Vaccination in Bombay 1924-1928 - 1924-1928
Year: 1924
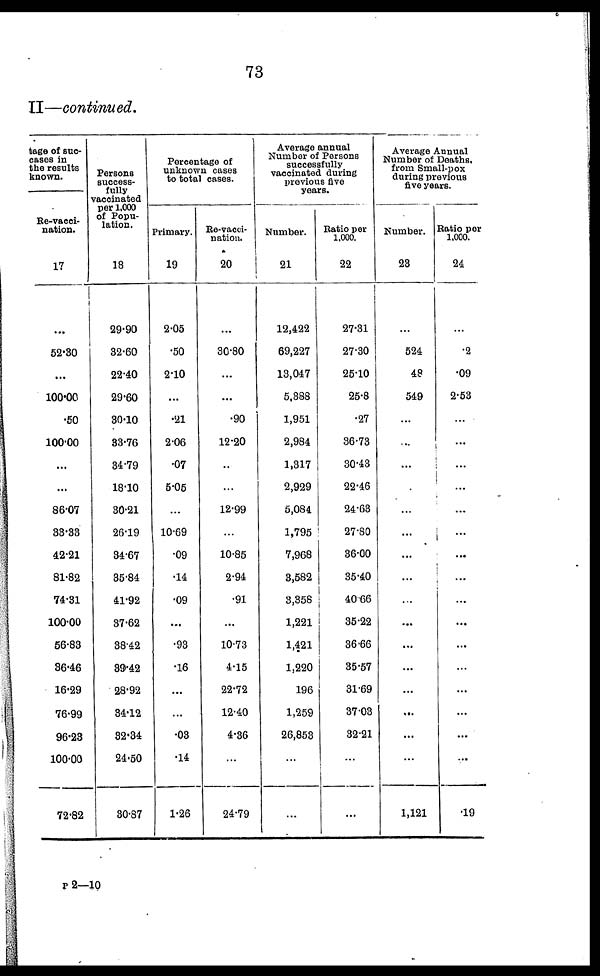
73
II—continued.
tage of suc-
cases in
the results
known.
Re-vacci-
nation.
17
...
52.30
...
100.00
.50
100.00
...
...
86.07
38.33
42.21
81.82
74.31
100.00
56.83
36.46
16.29
76.99
96.23
100.00
72.82
Persons
success-
fully
vaccinated
per 1,000
of Popu-
lation.
18
29.90
32.60
22.40
29.60
30.10
33.76
34.79
18.10
30.21
26.19
34.67
35.84
41.92
37.62
38.42
39.42
28.92
34.12
32.84
24.50
30.87
Percentage of
unknown cases
to total cases.
Primary.
19
2.05
.50
2.10
...
.21
2.06
.07
5.05
...
10.69
.09
.14
.09
...
.93
.16
...
...
.03
.14
1.26
Re-vacci-
nation.
20
...
30.80
...
...
.90
12.20
...
...
12.99
...
10.85
2.94
.91
...
10.73
4.15
22.72
12.40
4.36
...
24.79
Average annual
Number of Persons
successfully
vaccinated during
previous five
years.
Number.
21
12,422
69,227
13,047
5,388
1,951
2,984
1,317
2,929
5,084
1,795
7,968
3,582
3,3858
1,221
1,421
1,220
196
1,259
26,853
...
...
Ratio per
1,000.
22
27.31
27.30
25.10
25.8
.27
36.73
30.43
22.46
24.63
27.80
36.00
35.40
40.66
35.22
36.66
35.57
31.69
37.03
32.21
...
...
Average Annual
Number of Deaths,
from Small-pox
during previous
five years.
Number.
23
...
524
48
549
...
...
...
...
...
...
...
...
...
...
...
...
...
...
...
...
1,121
Ratio per
1,000.
24
...
.2
.09
2.53
...
...
...
...
...
...
...
...
...
...
...
...
...
...
...
...
.19
P 2—10